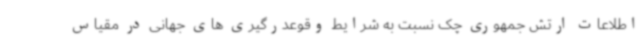
اطلاعات ارتش جمهوری چک نسبت به شرایط وقوعدرگیری های جهانی در مقیاس